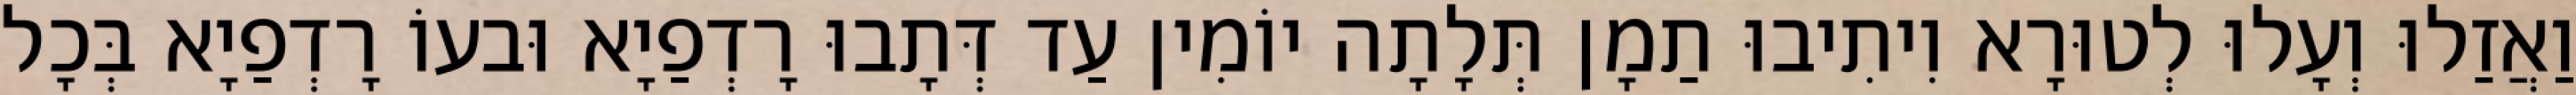
וַאֲזַלוּ וְעָלוּ לְטוּרָא וִיתִיבוּ תַמָן תְּלָתָה יוֹמִין עַד דְּתָבוּ רָדְפַיָא וּבעוֹ רָדְפַיָא בְּכָל